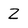
Character: Z